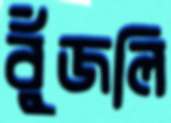
বুঁজলি